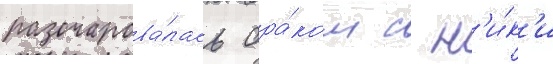
разочарова́лась бра́ком с н'и́к'и